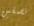
نصفين